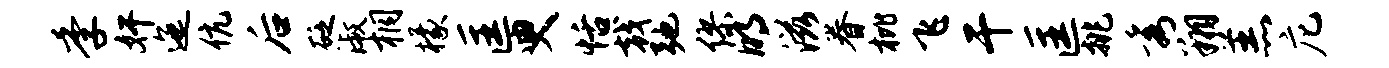
季奸迤伉后砭淑桐檬匡臾恬戟弛缪明滋眷枇飞干匡挑秀翔羔庀